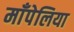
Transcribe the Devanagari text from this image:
माँपेलिया